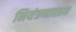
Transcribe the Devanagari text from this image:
नियंत्रणास्तव